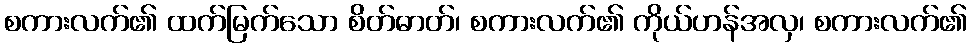
စကားလက်၏ ထက်မြက်သော စိတ်ဓာတ်၊ စကားလက်၏ ကိုယ်ဟန်အလှ၊ စကားလက်၏